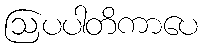
ဩပပါတိကာပေ